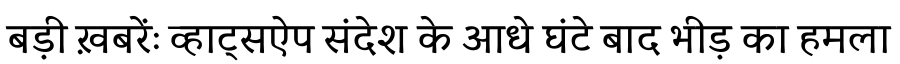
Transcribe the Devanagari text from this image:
बड़ी ख़बरेंः व्हाट्सऐप संदेश के आधे घंटे बाद भीड़ का हमला